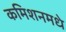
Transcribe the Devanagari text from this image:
कमिशनमधे